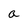
Character: a